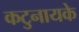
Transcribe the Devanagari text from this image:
कटुनायके